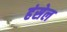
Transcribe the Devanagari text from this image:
हंसेल